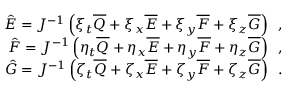
\begin{array} { r } { \hat { E } = J ^ { - 1 } \left( \xi _ { t } \overline { { Q } } + \xi _ { x } \overline { { E } } + \xi _ { y } \overline { { F } } + \xi _ { z } \overline { { G } } \right) \, \mathrm { ~ , ~ } } \\ { \hat { F } = J ^ { - 1 } \left( \eta _ { t } \overline { { Q } } + \eta _ { x } \overline { { E } } + \eta _ { y } \overline { { F } } + \eta _ { z } \overline { { G } } \right) \, \mathrm { ~ , ~ } } \\ { \hat { G } = J ^ { - 1 } \left( \zeta _ { t } \overline { { Q } } + \zeta _ { x } \overline { { E } } + \zeta _ { y } \overline { { F } } + \zeta _ { z } \overline { { G } } \right) \, \mathrm { ~ . ~ } } \end{array}